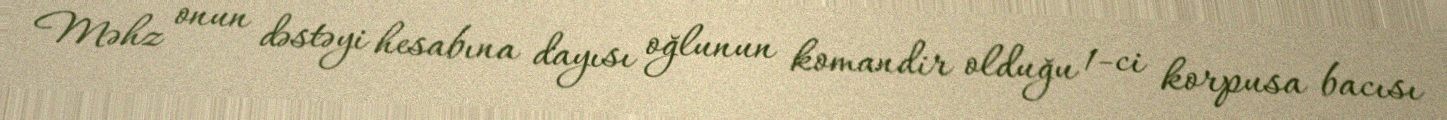
Məhz onun dəstəyi hesabına dayısı oğlunun komandir olduğu 1-ci korpusa bacısı